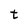
Character: t